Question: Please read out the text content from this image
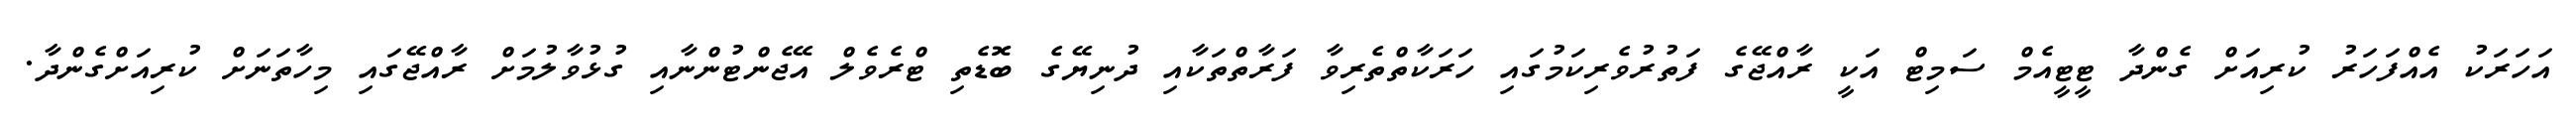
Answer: އަހަރަކު އެއްފަހަރު ކުރިއަށް ގެންދާ ޓީޓީއެމް ސަމިޓް އަކީ ރާއްޖޭގެ ފަތުރުވެރިކަމުގައި ހަރަކާތްތެރިވާ ފަރާތްތަކާއި ދުނިޔޭގެ ބޮޑެތި ޓްރެވެލް އޭޖެންޓުންނާއި ގުޅުވާލުމަށް ރާއްޖޭގައި މިހާތަނަށް ކުރިއަށްގެންދާ.